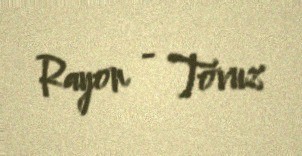
Rayon - Tovuz